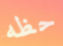
حظه